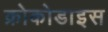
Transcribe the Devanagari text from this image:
क्रोकोडाइस